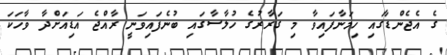
ގެ އެޖެންޑާގައި ހިމަނާފައިވާ މި ގަރާރުގެ ހުލާސާގައި ބުނެފައިވަނީ ރާއްޖެ އަޑިއަށްދާ ވާހަކަ